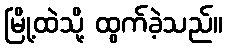
မြို့ထဲသို့ ထွက်ခဲ့သည်။